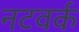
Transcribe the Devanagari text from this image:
नटवर्क